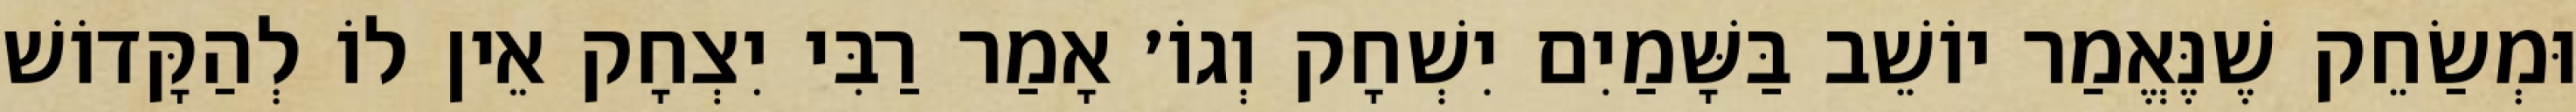
וּמְשַׂחֵק שֶׁנֶּאֱמַר יוֹשֵׁב בַּשָּׁמַיִם יִשְׁחָק וְגוֹ׳ אָמַר רַבִּי יִצְחָק אֵין לוֹ לְהַקָּדוֹשׁ